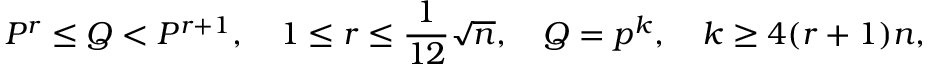
P ^ { r } \leq Q < P ^ { r + 1 } , \quad 1 \leq r \leq { \frac { 1 } { 1 2 } } { \sqrt { n } } , \quad Q = p ^ { k } , \quad k \geq 4 ( r + 1 ) n ,